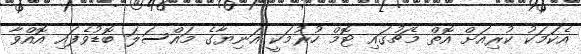
އެކަމަކު ކުރިއަށް އޮތް މެޗުގައި ޓޮމް ހުރުމަކީ އަނިޔާގެ މައްސަލަ ބޮޑުވެފައި އޮއްވާ